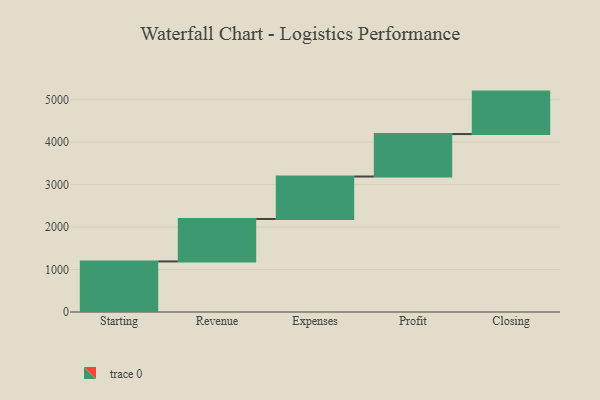
{"axis": {"x": "Step", "y": "Value"}, "legend": [""], "data": [{"x": "Starting", "y": 1191.0, "type": ""}, {"x": "Revenue", "y": 1000, "type": ""}, {"x": "Expenses", "y": 1000, "type": ""}, {"x": "Profit", "y": 1000, "type": ""}, {"x": "Closing", "y": 1000, "type": ""}]}